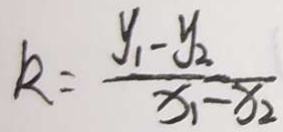
k = \frac { y _ { 1 } - y _ { 2 } } { x _ { 1 } - x _ { 2 } }